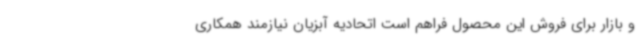
و بازار برای فروش این محصول فراهم است اتحادیه آبزیان نیازمند همکاری